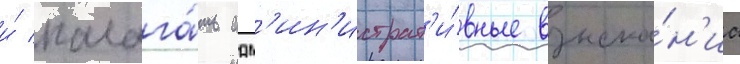
и́ налага́ть адм'ин'истрат'и́вные взыска́н'иа